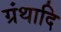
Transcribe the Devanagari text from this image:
ग्रंथादि